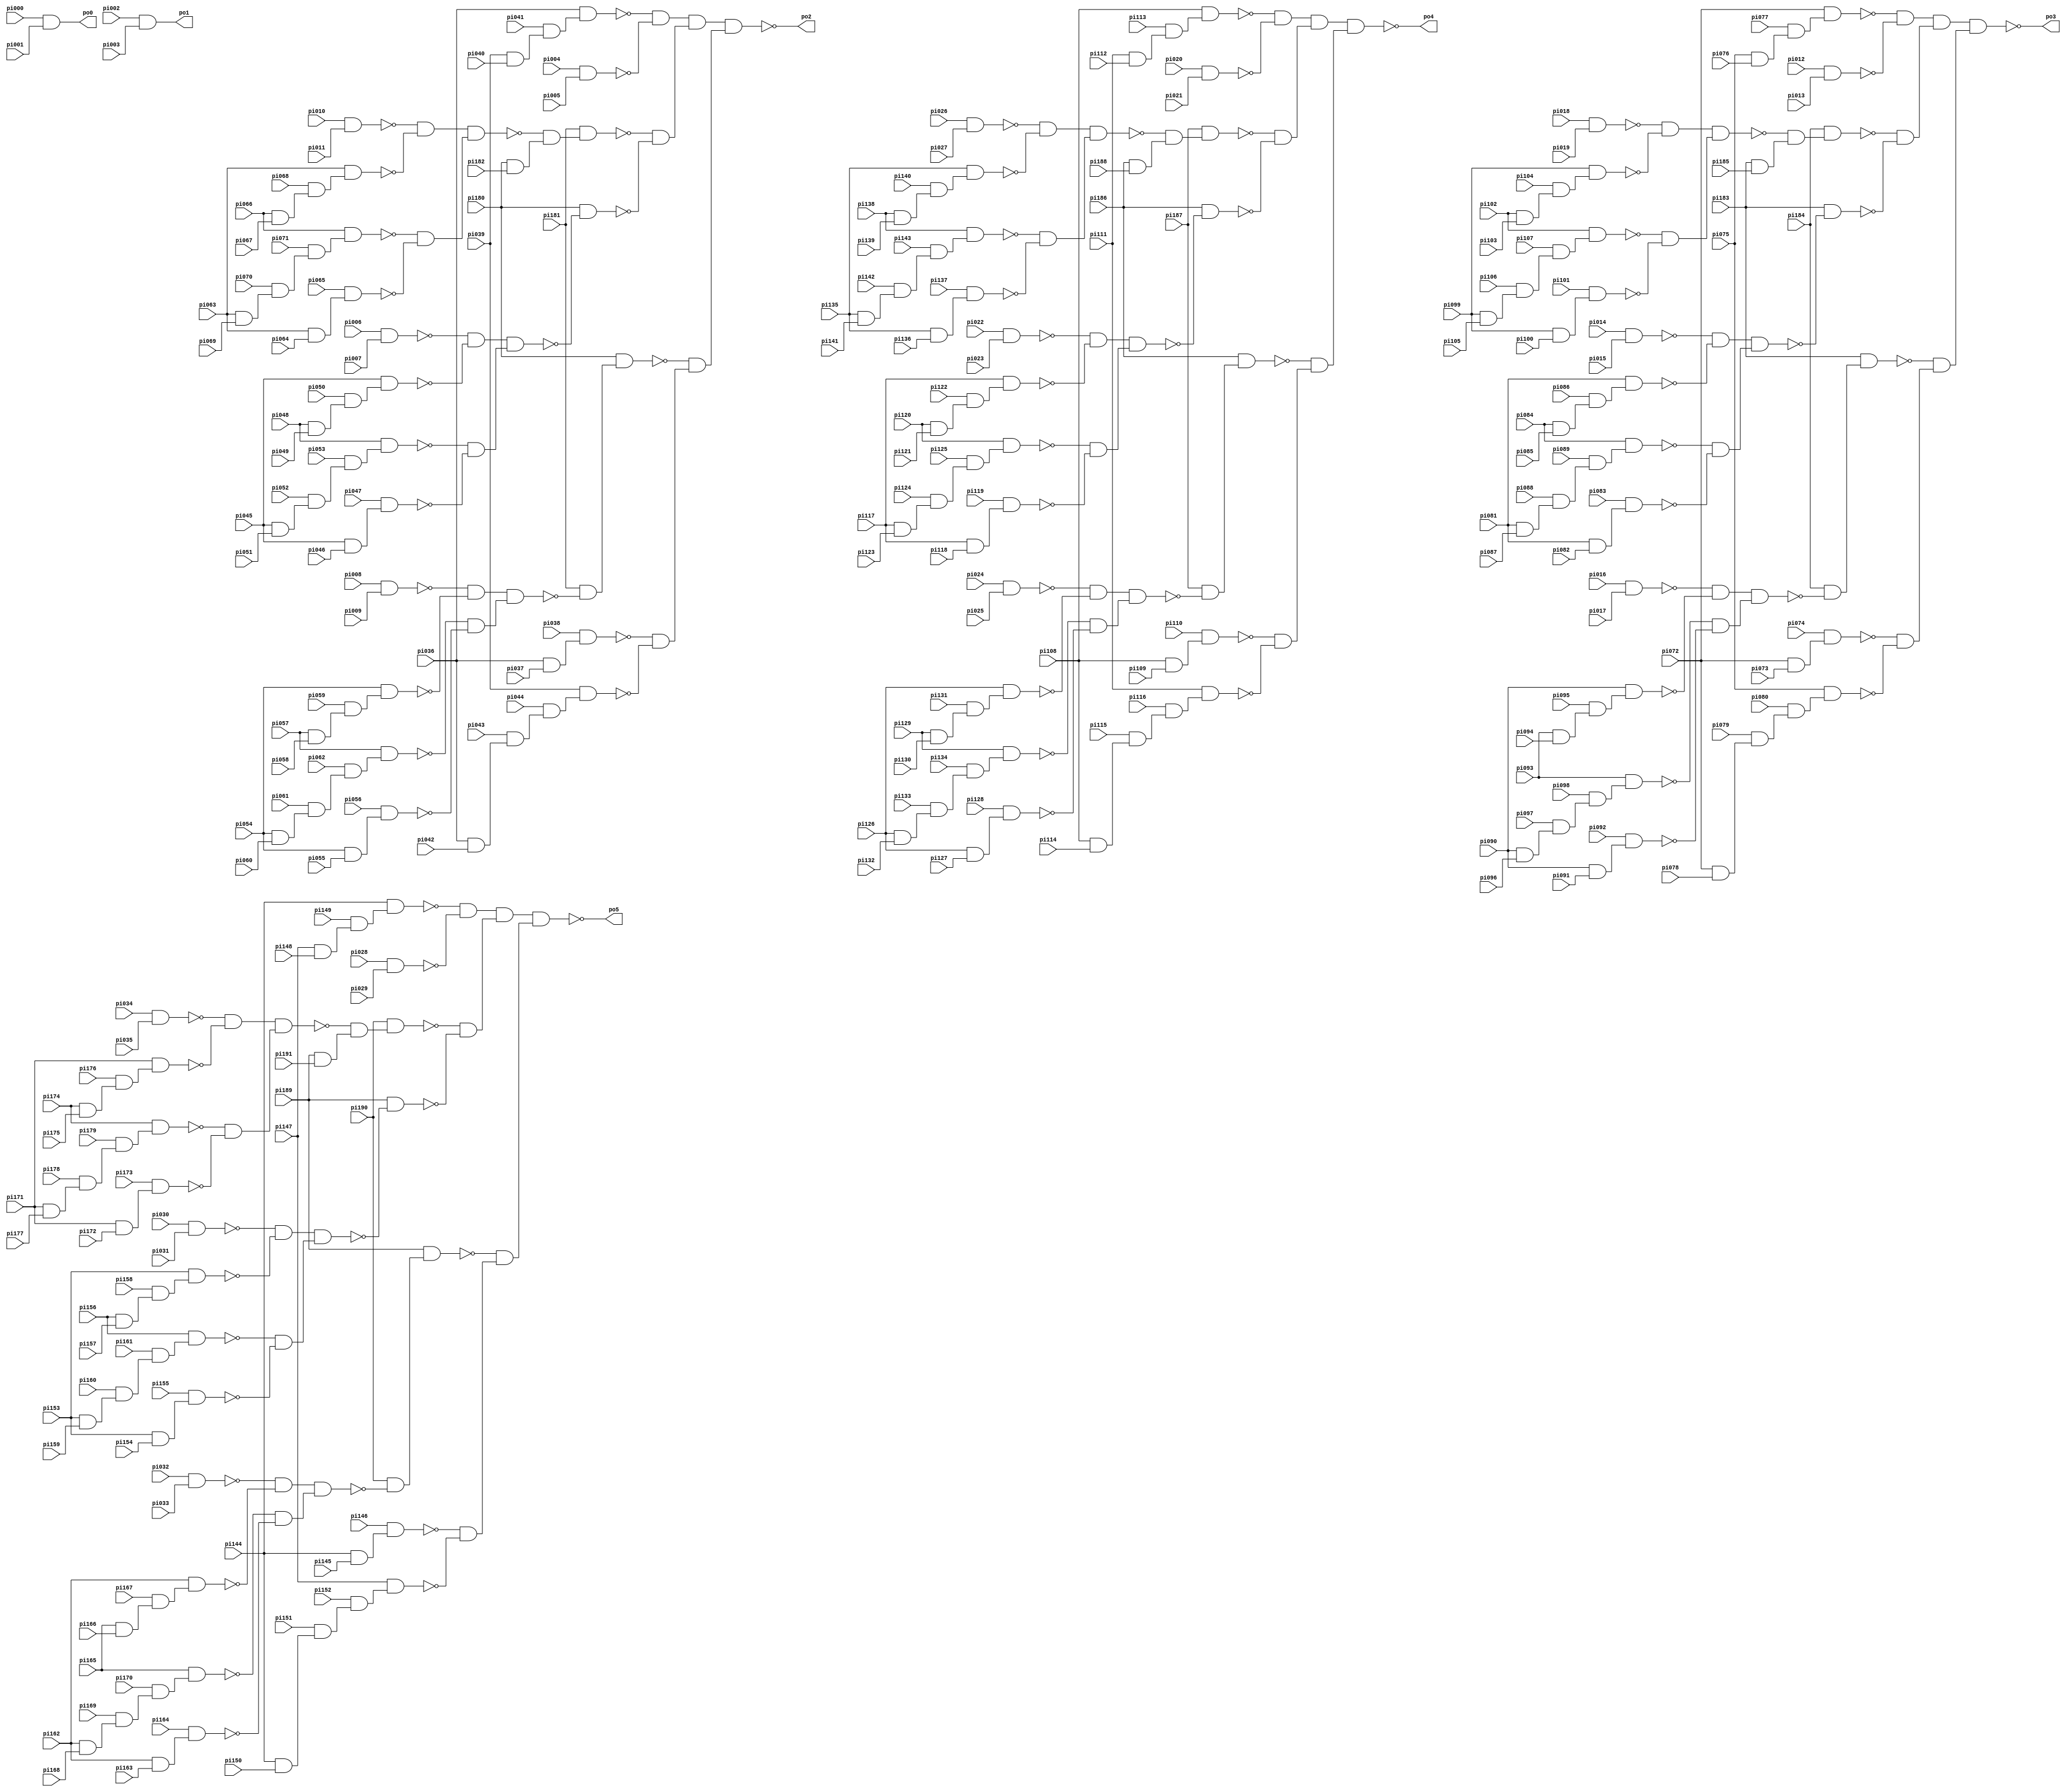
// Verilog File 
module i4 (pi000,pi001,pi002,pi003,pi004,pi005,pi006,pi007,pi008,
pi009,pi010,pi011,pi012,pi013,pi014,pi015,pi016,pi017,pi018,
pi019,pi020,pi021,pi022,pi023,pi024,pi025,pi026,pi027,pi028,
pi029,pi030,pi031,pi032,pi033,pi034,pi035,pi036,pi037,pi038,
pi039,pi040,pi041,pi042,pi043,pi044,pi045,pi046,pi047,pi048,
pi049,pi050,pi051,pi052,pi053,pi054,pi055,pi056,pi057,pi058,
pi059,pi060,pi061,pi062,pi063,pi064,pi065,pi066,pi067,pi068,
pi069,pi070,pi071,pi072,pi073,pi074,pi075,pi076,pi077,pi078,
pi079,pi080,pi081,pi082,pi083,pi084,pi085,pi086,pi087,pi088,
pi089,pi090,pi091,pi092,pi093,pi094,pi095,pi096,pi097,pi098,
pi099,pi100,pi101,pi102,pi103,pi104,pi105,pi106,pi107,pi108,
pi109,pi110,pi111,pi112,pi113,pi114,pi115,pi116,pi117,pi118,
pi119,pi120,pi121,pi122,pi123,pi124,pi125,pi126,pi127,pi128,
pi129,pi130,pi131,pi132,pi133,pi134,pi135,pi136,pi137,pi138,
pi139,pi140,pi141,pi142,pi143,pi144,pi145,pi146,pi147,pi148,
pi149,pi150,pi151,pi152,pi153,pi154,pi155,pi156,pi157,pi158,
pi159,pi160,pi161,pi162,pi163,pi164,pi165,pi166,pi167,pi168,
pi169,pi170,pi171,pi172,pi173,pi174,pi175,pi176,pi177,pi178,
pi179,pi180,pi181,pi182,pi183,pi184,pi185,pi186,pi187,pi188,
pi189,pi190,pi191,po0,po1,po2,po3,po4,po5);

input pi000,pi001,pi002,pi003,pi004,pi005,pi006,pi007,pi008,
pi009,pi010,pi011,pi012,pi013,pi014,pi015,pi016,pi017,pi018,
pi019,pi020,pi021,pi022,pi023,pi024,pi025,pi026,pi027,pi028,
pi029,pi030,pi031,pi032,pi033,pi034,pi035,pi036,pi037,pi038,
pi039,pi040,pi041,pi042,pi043,pi044,pi045,pi046,pi047,pi048,
pi049,pi050,pi051,pi052,pi053,pi054,pi055,pi056,pi057,pi058,
pi059,pi060,pi061,pi062,pi063,pi064,pi065,pi066,pi067,pi068,
pi069,pi070,pi071,pi072,pi073,pi074,pi075,pi076,pi077,pi078,
pi079,pi080,pi081,pi082,pi083,pi084,pi085,pi086,pi087,pi088,
pi089,pi090,pi091,pi092,pi093,pi094,pi095,pi096,pi097,pi098,
pi099,pi100,pi101,pi102,pi103,pi104,pi105,pi106,pi107,pi108,
pi109,pi110,pi111,pi112,pi113,pi114,pi115,pi116,pi117,pi118,
pi119,pi120,pi121,pi122,pi123,pi124,pi125,pi126,pi127,pi128,
pi129,pi130,pi131,pi132,pi133,pi134,pi135,pi136,pi137,pi138,
pi139,pi140,pi141,pi142,pi143,pi144,pi145,pi146,pi147,pi148,
pi149,pi150,pi151,pi152,pi153,pi154,pi155,pi156,pi157,pi158,
pi159,pi160,pi161,pi162,pi163,pi164,pi165,pi166,pi167,pi168,
pi169,pi170,pi171,pi172,pi173,pi174,pi175,pi176,pi177,pi178,
pi179,pi180,pi181,pi182,pi183,pi184,pi185,pi186,pi187,pi188,
pi189,pi190,pi191;

output po0,po1,po2,po3,po4,po5;

wire n200,n201,n202,n203,n204,n205,n206,n207,n208,
n209,n210,n211,n212,n213,n214,n215,n216,n217,n218,
n219,n220,n221,n222,n223,n224,n225,n226,n227,n228,
n229,n230,n231,n232,n233,n234,n235,n236,n237,n238,
n239,n240,n241,n242,n243,n244,n245,n246,n247,n248,
n249,n250,n251,n252,n253,n254,n255,n256,n257,n258,
n259,n260,n261,n262,n263,n264,n265,n266,n267,n268,
n269,n270,n271,n272,n273,n274,n275,n276,n277,n278,
n279,n280,n281,n282,n284,n285,n286,n287,n288,n289,
n290,n291,n292,n293,n294,n295,n296,n297,n298,n299,
n300,n301,n302,n303,n304,n305,n306,n307,n308,n309,
n310,n311,n312,n313,n314,n315,n316,n317,n318,n319,
n320,n321,n322,n323,n324,n325,n326,n327,n328,n329,
n330,n331,n332,n333,n334,n335,n336,n337,n338,n339,
n340,n341,n342,n343,n344,n345,n346,n347,n348,n349,
n350,n351,n352,n353,n354,n355,n356,n357,n358,n359,
n360,n361,n362,n363,n364,n365,n366,n368,n369,n370,
n371,n372,n373,n374,n375,n376,n377,n378,n379,n380,
n381,n382,n383,n384,n385,n386,n387,n388,n389,n390,
n391,n392,n393,n394,n395,n396,n397,n398,n399,n400,
n401,n402,n403,n404,n405,n406,n407,n408,n409,n410,
n411,n412,n413,n414,n415,n416,n417,n418,n419,n420,
n421,n422,n423,n424,n425,n426,n427,n428,n429,n430,
n431,n432,n433,n434,n435,n436,n437,n438,n439,n440,
n441,n442,n443,n444,n445,n446,n447,n448,n449,n450,
n452,n453,n454,n455,n456,n457,n458,n459,n460,n461,
n462,n463,n464,n465,n466,n467,n468,n469,n470,n471,
n472,n473,n474,n475,n476,n477,n478,n479,n480,n481,
n482,n483,n484,n485,n486,n487,n488,n489,n490,n491,
n492,n493,n494,n495,n496,n497,n498,n499,n500,n501,
n502,n503,n504,n505,n506,n507,n508,n509,n510,n511,
n512,n513,n514,n515,n516,n517,n518,n519,n520,n521,
n522,n523,n524,n525,n526,n527,n528,n529,n530,n531,
n532,n533,n534;
and gate_0(po0,pi000,pi001);
and gate_1(po1,pi002,pi003);
and gate_2(n200,pi039,pi040);
and gate_3(n201,pi041,n200);
and gate_4(n202,pi036,n201);
not gate_5(n203,n202);
and gate_6(n204,pi004,pi005);
not gate_7(n205,n204);
and gate_8(n206,n203,n205);
and gate_9(n207,pi010,pi011);
not gate_10(n208,n207);
and gate_11(n209,pi066,pi067);
and gate_12(n210,pi068,n209);
and gate_13(n211,pi063,n210);
not gate_14(n212,n211);
and gate_15(n213,n208,n212);
and gate_16(n214,pi063,pi069);
and gate_17(n215,pi070,n214);
and gate_18(n216,pi071,n215);
and gate_19(n217,pi066,n216);
not gate_20(n218,n217);
and gate_21(n219,pi063,pi064);
and gate_22(n220,pi065,n219);
not gate_23(n221,n220);
and gate_24(n222,n218,n221);
and gate_25(n223,n213,n222);
not gate_26(n224,n223);
and gate_27(n225,pi180,pi182);
and gate_28(n226,n224,n225);
and gate_29(n227,pi181,n226);
not gate_30(n228,n227);
and gate_31(n229,pi006,pi007);
not gate_32(n230,n229);
and gate_33(n231,pi048,pi049);
and gate_34(n232,pi050,n231);
and gate_35(n233,pi045,n232);
not gate_36(n234,n233);
and gate_37(n235,n230,n234);
and gate_38(n236,pi045,pi051);
and gate_39(n237,pi052,n236);
and gate_40(n238,pi053,n237);
and gate_41(n239,pi048,n238);
not gate_42(n240,n239);
and gate_43(n241,pi045,pi046);
and gate_44(n242,pi047,n241);
not gate_45(n243,n242);
and gate_46(n244,n240,n243);
and gate_47(n245,n235,n244);
not gate_48(n246,n245);
and gate_49(n247,pi180,n246);
not gate_50(n248,n247);
and gate_51(n249,n228,n248);
and gate_52(n250,n206,n249);
and gate_53(n251,pi008,pi009);
not gate_54(n252,n251);
and gate_55(n253,pi057,pi058);
and gate_56(n254,pi059,n253);
and gate_57(n255,pi054,n254);
not gate_58(n256,n255);
and gate_59(n257,n252,n256);
and gate_60(n258,pi054,pi060);
and gate_61(n259,pi061,n258);
and gate_62(n260,pi062,n259);
and gate_63(n261,pi057,n260);
not gate_64(n262,n261);
and gate_65(n263,pi054,pi055);
and gate_66(n264,pi056,n263);
not gate_67(n265,n264);
and gate_68(n266,n262,n265);
and gate_69(n267,n257,n266);
not gate_70(n268,n267);
and gate_71(n269,pi181,n268);
and gate_72(n270,pi180,n269);
not gate_73(n271,n270);
and gate_74(n272,pi036,pi037);
and gate_75(n273,pi038,n272);
not gate_76(n274,n273);
and gate_77(n275,pi036,pi042);
and gate_78(n276,pi043,n275);
and gate_79(n277,pi044,n276);
and gate_80(n278,pi039,n277);
not gate_81(n279,n278);
and gate_82(n280,n274,n279);
and gate_83(n281,n271,n280);
and gate_84(n282,n250,n281);
not gate_85(po2,n282);
and gate_86(n284,pi075,pi076);
and gate_87(n285,pi077,n284);
and gate_88(n286,pi072,n285);
not gate_89(n287,n286);
and gate_90(n288,pi012,pi013);
not gate_91(n289,n288);
and gate_92(n290,n287,n289);
and gate_93(n291,pi018,pi019);
not gate_94(n292,n291);
and gate_95(n293,pi102,pi103);
and gate_96(n294,pi104,n293);
and gate_97(n295,pi099,n294);
not gate_98(n296,n295);
and gate_99(n297,n292,n296);
and gate_100(n298,pi099,pi105);
and gate_101(n299,pi106,n298);
and gate_102(n300,pi107,n299);
and gate_103(n301,pi102,n300);
not gate_104(n302,n301);
and gate_105(n303,pi099,pi100);
and gate_106(n304,pi101,n303);
not gate_107(n305,n304);
and gate_108(n306,n302,n305);
and gate_109(n307,n297,n306);
not gate_110(n308,n307);
and gate_111(n309,pi183,pi185);
and gate_112(n310,n308,n309);
and gate_113(n311,pi184,n310);
not gate_114(n312,n311);
and gate_115(n313,pi014,pi015);
not gate_116(n314,n313);
and gate_117(n315,pi084,pi085);
and gate_118(n316,pi086,n315);
and gate_119(n317,pi081,n316);
not gate_120(n318,n317);
and gate_121(n319,n314,n318);
and gate_122(n320,pi081,pi087);
and gate_123(n321,pi088,n320);
and gate_124(n322,pi089,n321);
and gate_125(n323,pi084,n322);
not gate_126(n324,n323);
and gate_127(n325,pi081,pi082);
and gate_128(n326,pi083,n325);
not gate_129(n327,n326);
and gate_130(n328,n324,n327);
and gate_131(n329,n319,n328);
not gate_132(n330,n329);
and gate_133(n331,pi183,n330);
not gate_134(n332,n331);
and gate_135(n333,n312,n332);
and gate_136(n334,n290,n333);
and gate_137(n335,pi016,pi017);
not gate_138(n336,n335);
and gate_139(n337,pi093,pi094);
and gate_140(n338,pi095,n337);
and gate_141(n339,pi090,n338);
not gate_142(n340,n339);
and gate_143(n341,n336,n340);
and gate_144(n342,pi090,pi096);
and gate_145(n343,pi097,n342);
and gate_146(n344,pi098,n343);
and gate_147(n345,pi093,n344);
not gate_148(n346,n345);
and gate_149(n347,pi090,pi091);
and gate_150(n348,pi092,n347);
not gate_151(n349,n348);
and gate_152(n350,n346,n349);
and gate_153(n351,n341,n350);
not gate_154(n352,n351);
and gate_155(n353,pi184,n352);
and gate_156(n354,pi183,n353);
not gate_157(n355,n354);
and gate_158(n356,pi072,pi073);
and gate_159(n357,pi074,n356);
not gate_160(n358,n357);
and gate_161(n359,pi072,pi078);
and gate_162(n360,pi079,n359);
and gate_163(n361,pi080,n360);
and gate_164(n362,pi075,n361);
not gate_165(n363,n362);
and gate_166(n364,n358,n363);
and gate_167(n365,n355,n364);
and gate_168(n366,n334,n365);
not gate_169(po3,n366);
and gate_170(n368,pi111,pi112);
and gate_171(n369,pi113,n368);
and gate_172(n370,pi108,n369);
not gate_173(n371,n370);
and gate_174(n372,pi020,pi021);
not gate_175(n373,n372);
and gate_176(n374,n371,n373);
and gate_177(n375,pi026,pi027);
not gate_178(n376,n375);
and gate_179(n377,pi138,pi139);
and gate_180(n378,pi140,n377);
and gate_181(n379,pi135,n378);
not gate_182(n380,n379);
and gate_183(n381,n376,n380);
and gate_184(n382,pi135,pi141);
and gate_185(n383,pi142,n382);
and gate_186(n384,pi143,n383);
and gate_187(n385,pi138,n384);
not gate_188(n386,n385);
and gate_189(n387,pi135,pi136);
and gate_190(n388,pi137,n387);
not gate_191(n389,n388);
and gate_192(n390,n386,n389);
and gate_193(n391,n381,n390);
not gate_194(n392,n391);
and gate_195(n393,pi186,pi188);
and gate_196(n394,n392,n393);
and gate_197(n395,pi187,n394);
not gate_198(n396,n395);
and gate_199(n397,pi022,pi023);
not gate_200(n398,n397);
and gate_201(n399,pi120,pi121);
and gate_202(n400,pi122,n399);
and gate_203(n401,pi117,n400);
not gate_204(n402,n401);
and gate_205(n403,n398,n402);
and gate_206(n404,pi117,pi123);
and gate_207(n405,pi124,n404);
and gate_208(n406,pi125,n405);
and gate_209(n407,pi120,n406);
not gate_210(n408,n407);
and gate_211(n409,pi117,pi118);
and gate_212(n410,pi119,n409);
not gate_213(n411,n410);
and gate_214(n412,n408,n411);
and gate_215(n413,n403,n412);
not gate_216(n414,n413);
and gate_217(n415,pi186,n414);
not gate_218(n416,n415);
and gate_219(n417,n396,n416);
and gate_220(n418,n374,n417);
and gate_221(n419,pi024,pi025);
not gate_222(n420,n419);
and gate_223(n421,pi129,pi130);
and gate_224(n422,pi131,n421);
and gate_225(n423,pi126,n422);
not gate_226(n424,n423);
and gate_227(n425,n420,n424);
and gate_228(n426,pi126,pi132);
and gate_229(n427,pi133,n426);
and gate_230(n428,pi134,n427);
and gate_231(n429,pi129,n428);
not gate_232(n430,n429);
and gate_233(n431,pi126,pi127);
and gate_234(n432,pi128,n431);
not gate_235(n433,n432);
and gate_236(n434,n430,n433);
and gate_237(n435,n425,n434);
not gate_238(n436,n435);
and gate_239(n437,pi187,n436);
and gate_240(n438,pi186,n437);
not gate_241(n439,n438);
and gate_242(n440,pi108,pi109);
and gate_243(n441,pi110,n440);
not gate_244(n442,n441);
and gate_245(n443,pi108,pi114);
and gate_246(n444,pi115,n443);
and gate_247(n445,pi116,n444);
and gate_248(n446,pi111,n445);
not gate_249(n447,n446);
and gate_250(n448,n442,n447);
and gate_251(n449,n439,n448);
and gate_252(n450,n418,n449);
not gate_253(po4,n450);
and gate_254(n452,pi147,pi148);
and gate_255(n453,pi149,n452);
and gate_256(n454,pi144,n453);
not gate_257(n455,n454);
and gate_258(n456,pi028,pi029);
not gate_259(n457,n456);
and gate_260(n458,n455,n457);
and gate_261(n459,pi034,pi035);
not gate_262(n460,n459);
and gate_263(n461,pi174,pi175);
and gate_264(n462,pi176,n461);
and gate_265(n463,pi171,n462);
not gate_266(n464,n463);
and gate_267(n465,n460,n464);
and gate_268(n466,pi171,pi177);
and gate_269(n467,pi178,n466);
and gate_270(n468,pi179,n467);
and gate_271(n469,pi174,n468);
not gate_272(n470,n469);
and gate_273(n471,pi171,pi172);
and gate_274(n472,pi173,n471);
not gate_275(n473,n472);
and gate_276(n474,n470,n473);
and gate_277(n475,n465,n474);
not gate_278(n476,n475);
and gate_279(n477,pi189,pi191);
and gate_280(n478,n476,n477);
and gate_281(n479,pi190,n478);
not gate_282(n480,n479);
and gate_283(n481,pi030,pi031);
not gate_284(n482,n481);
and gate_285(n483,pi156,pi157);
and gate_286(n484,pi158,n483);
and gate_287(n485,pi153,n484);
not gate_288(n486,n485);
and gate_289(n487,n482,n486);
and gate_290(n488,pi153,pi159);
and gate_291(n489,pi160,n488);
and gate_292(n490,pi161,n489);
and gate_293(n491,pi156,n490);
not gate_294(n492,n491);
and gate_295(n493,pi153,pi154);
and gate_296(n494,pi155,n493);
not gate_297(n495,n494);
and gate_298(n496,n492,n495);
and gate_299(n497,n487,n496);
not gate_300(n498,n497);
and gate_301(n499,pi189,n498);
not gate_302(n500,n499);
and gate_303(n501,n480,n500);
and gate_304(n502,n458,n501);
and gate_305(n503,pi032,pi033);
not gate_306(n504,n503);
and gate_307(n505,pi165,pi166);
and gate_308(n506,pi167,n505);
and gate_309(n507,pi162,n506);
not gate_310(n508,n507);
and gate_311(n509,n504,n508);
and gate_312(n510,pi162,pi168);
and gate_313(n511,pi169,n510);
and gate_314(n512,pi170,n511);
and gate_315(n513,pi165,n512);
not gate_316(n514,n513);
and gate_317(n515,pi162,pi163);
and gate_318(n516,pi164,n515);
not gate_319(n517,n516);
and gate_320(n518,n514,n517);
and gate_321(n519,n509,n518);
not gate_322(n520,n519);
and gate_323(n521,pi190,n520);
and gate_324(n522,pi189,n521);
not gate_325(n523,n522);
and gate_326(n524,pi144,pi145);
and gate_327(n525,pi146,n524);
not gate_328(n526,n525);
and gate_329(n527,pi144,pi150);
and gate_330(n528,pi151,n527);
and gate_331(n529,pi152,n528);
and gate_332(n530,pi147,n529);
not gate_333(n531,n530);
and gate_334(n532,n526,n531);
and gate_335(n533,n523,n532);
and gate_336(n534,n502,n533);
not gate_337(po5,n534);
endmodule